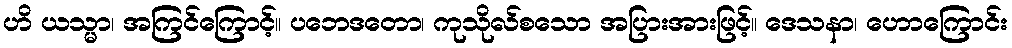
ဟိ ယသ္မာ၊ အကြင်ကြောင့်။ ပဘေဒတော၊ ကုသိုလ်စသော အပြားအားဖြင့်။ ဒေသနာ၊ ဟောကြောင်း